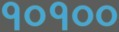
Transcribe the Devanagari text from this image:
१०१००